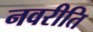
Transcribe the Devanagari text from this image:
नवरीति